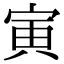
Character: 寅